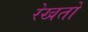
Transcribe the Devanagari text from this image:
रेखतों